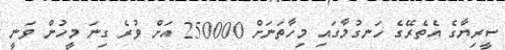
ސީރިޔާގެ އެތެރޭގެ ހަނގުމާގައި މިހާތަނަށް 250000 އަށް ވުރެ ގިނަ މީހުން ވަނީ